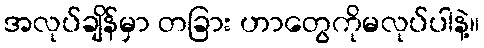
အလုပ်ချိန်မှာ တခြား ဟာတွေကိုမလုပ်ပါနဲ့။